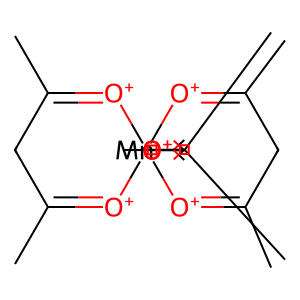
SMILES: CC1=[O+][Mn]23([O+]=C(C)C1)([O+]=C(C)CC(C)=[O+]2)[O+]=C(C)CC(C)=[O+]3
Inhibits HIV replication: No